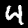
Digit: 4